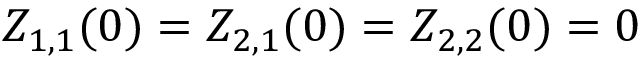
Z _ { 1 , 1 } ( 0 ) = Z _ { 2 , 1 } ( 0 ) = Z _ { 2 , 2 } ( 0 ) = 0